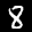
Label: 8